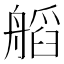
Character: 𦩹